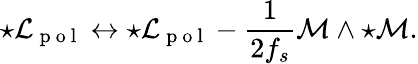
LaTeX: \star{\cal L}_{\mathrm{~p~o~l~}}\leftrightarrow\star{\cal L}_{\mathrm{~p~o~l~}}-\frac{1}{2f_{s}}{\cal M}\wedge{\star\cal M}.